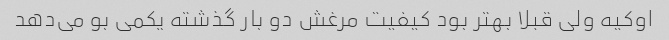
اوکیه ولی قبلا بهتر بود کیفیت مرغش دو بار گذشته یکمی بو می‌دهد